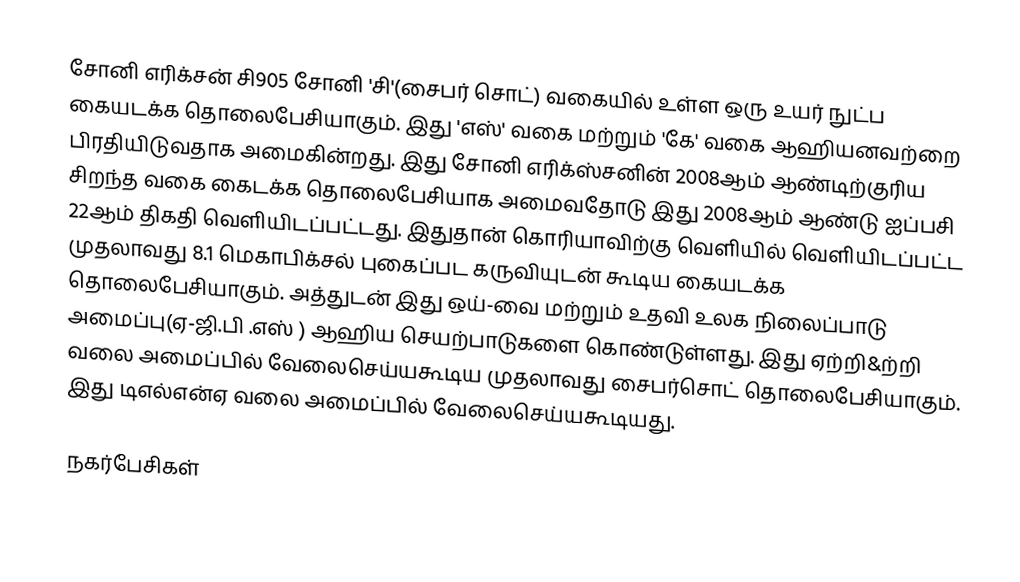
சோனி எரிக்சன் சி905 சோனி 'சி'(சைபர் சொட்) வகையில் உள்ள ஒரு உயர் நுட்ப கையடக்க தொலைபேசியாகும்.  இது 'எஸ்' வகை மற்றும் 'கே' வகை ஆஹியனவற்றை பிரதியிடுவதாக அமைகின்றது.   இது சோனி எரிக்ஸ்சனின் 2008ஆம் ஆண்டிற்குரிய சிறந்த  வகை கைடக்க தொலைபேசியாக அமைவதோடு இது 2008ஆம் ஆண்டு  ஐப்பசி 22ஆம் திகதி வெளியிடப்பட்டது. இதுதான் கொரியாவிற்கு வெளியில் வெளியிடப்பட்ட முதலாவது 8.1 மெகாபிக்சல்  புகைப்பட  கருவியுடன் கூடிய கையடக்க தொலைபேசியாகும். அத்துடன் இது ஒய்-வை மற்றும் உதவி உலக நிலைப்பாடு அமைப்பு(ஏ-ஜி.பி .எஸ் ) ஆஹிய செயற்பாடுகளை கொண்டுள்ளது. இது ஏற்றி&ற்றி வலை அமைப்பில் வேலைசெய்யகூடிய முதலாவது  சைபர்சொட் தொலைபேசியாகும். இது டிஎல்என்ஏ வலை அமைப்பில்  வேலைசெய்யகூடியது.

நகர்பேசிகள்